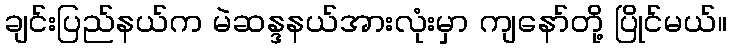
ချင်းပြည်နယ်က မဲဆန္ဒနယ်အားလုံးမှာ ကျနော်တို့ ပြိုင်မယ်။